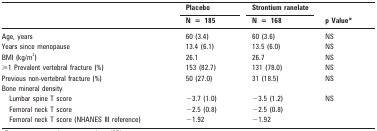
| <ROWSPAN=2>  | Placebo | Strontium ranelate | <ROWSPAN=2> p Value* |
 | N=185 | N=168 |
 | --- | --- | --- | --- |
 | Age, years | 60 (3.4) | 60 (3.6) | NS |
 | Years since menopause | 13.4 (6.1) | 13.5 (6.0) | NS |
 | BMI (kg/m2) | 26.1 | 26.7 | NS |
 | ⩾1 Prevalent vertebral fracture (%) | 153 (82.7) | 131 (78.0) | NS |
 | Previous non-vertebral fracture (%) | 50 (27.0) | 31 (18.5) | NS |
 | Bone mineral density |  |  |  |
 | Lumbar spine T score | −3.7 (1.0) | −3.5 (1.2) | <ROWSPAN=3> NS |
 | Femoral neck T score | −2.5 (0.8) | −2.5 (0.8) |
 | Femoral neck T score (NHANES III reference) | −1.92 | −1.92 |